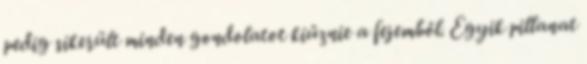
pedig sikerült minden gondolatot kiűznie a fejemből. Egyik pillanat